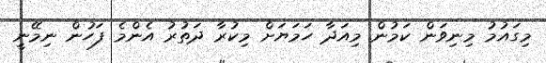
މިގައުމު މިނިވަން ކަމުން މިއަދާ ހަމަޔަށް މިކުރާ ދަތުރު އެންމެ ފަހުން ނިމޭނީ